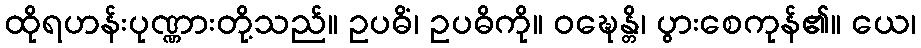
ထိုရဟန်းပုဏ္ဏားတို့သည်။ ဥပဓိံ၊ ဥပဓိကို။ ဝဍ္ဎေန္တိ၊ ပွားစေကုန်၏။ ယေ၊